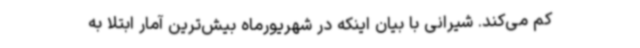
کم می‌کند. شیرانی با بیان اینکه در شهریورماه بیش‌ترین آمار ابتلا به